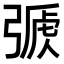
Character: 𢐏